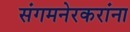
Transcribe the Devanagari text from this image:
संगमनेरकरांना